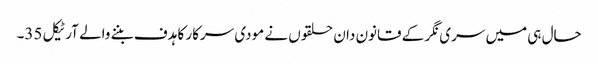
حال ہی میں سری نگر کے قانون دان حلقوں نے مودی سرکار کا ہدف بننے والے آرٹیکل 35۔